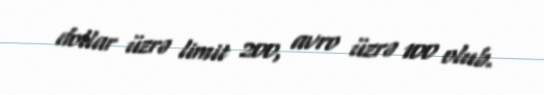
dollar üzrə limit 200, avro üzrə 100 olub.